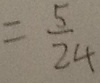
= \frac { 5 } { 2 4 }